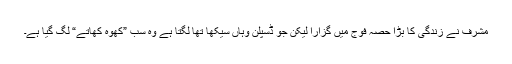
مشرف نے زندگی کا بڑا حصہ فوج میں گزارا لیکن جو ڈسپلن وہاں سیکھا تھا لگتا ہے وہ سب ”کھوہ کھاتے“ لگ گیا ہے۔